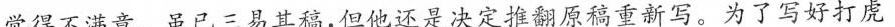
觉得不满意。虽已三易其稿，但他还是决定推翻原稿重新写。为了写好打虎